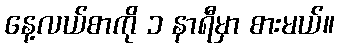
နေ့လယ်စာကို ၁ နာရီမှာ စားမယ်။